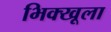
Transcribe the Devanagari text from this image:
भिक्खूला